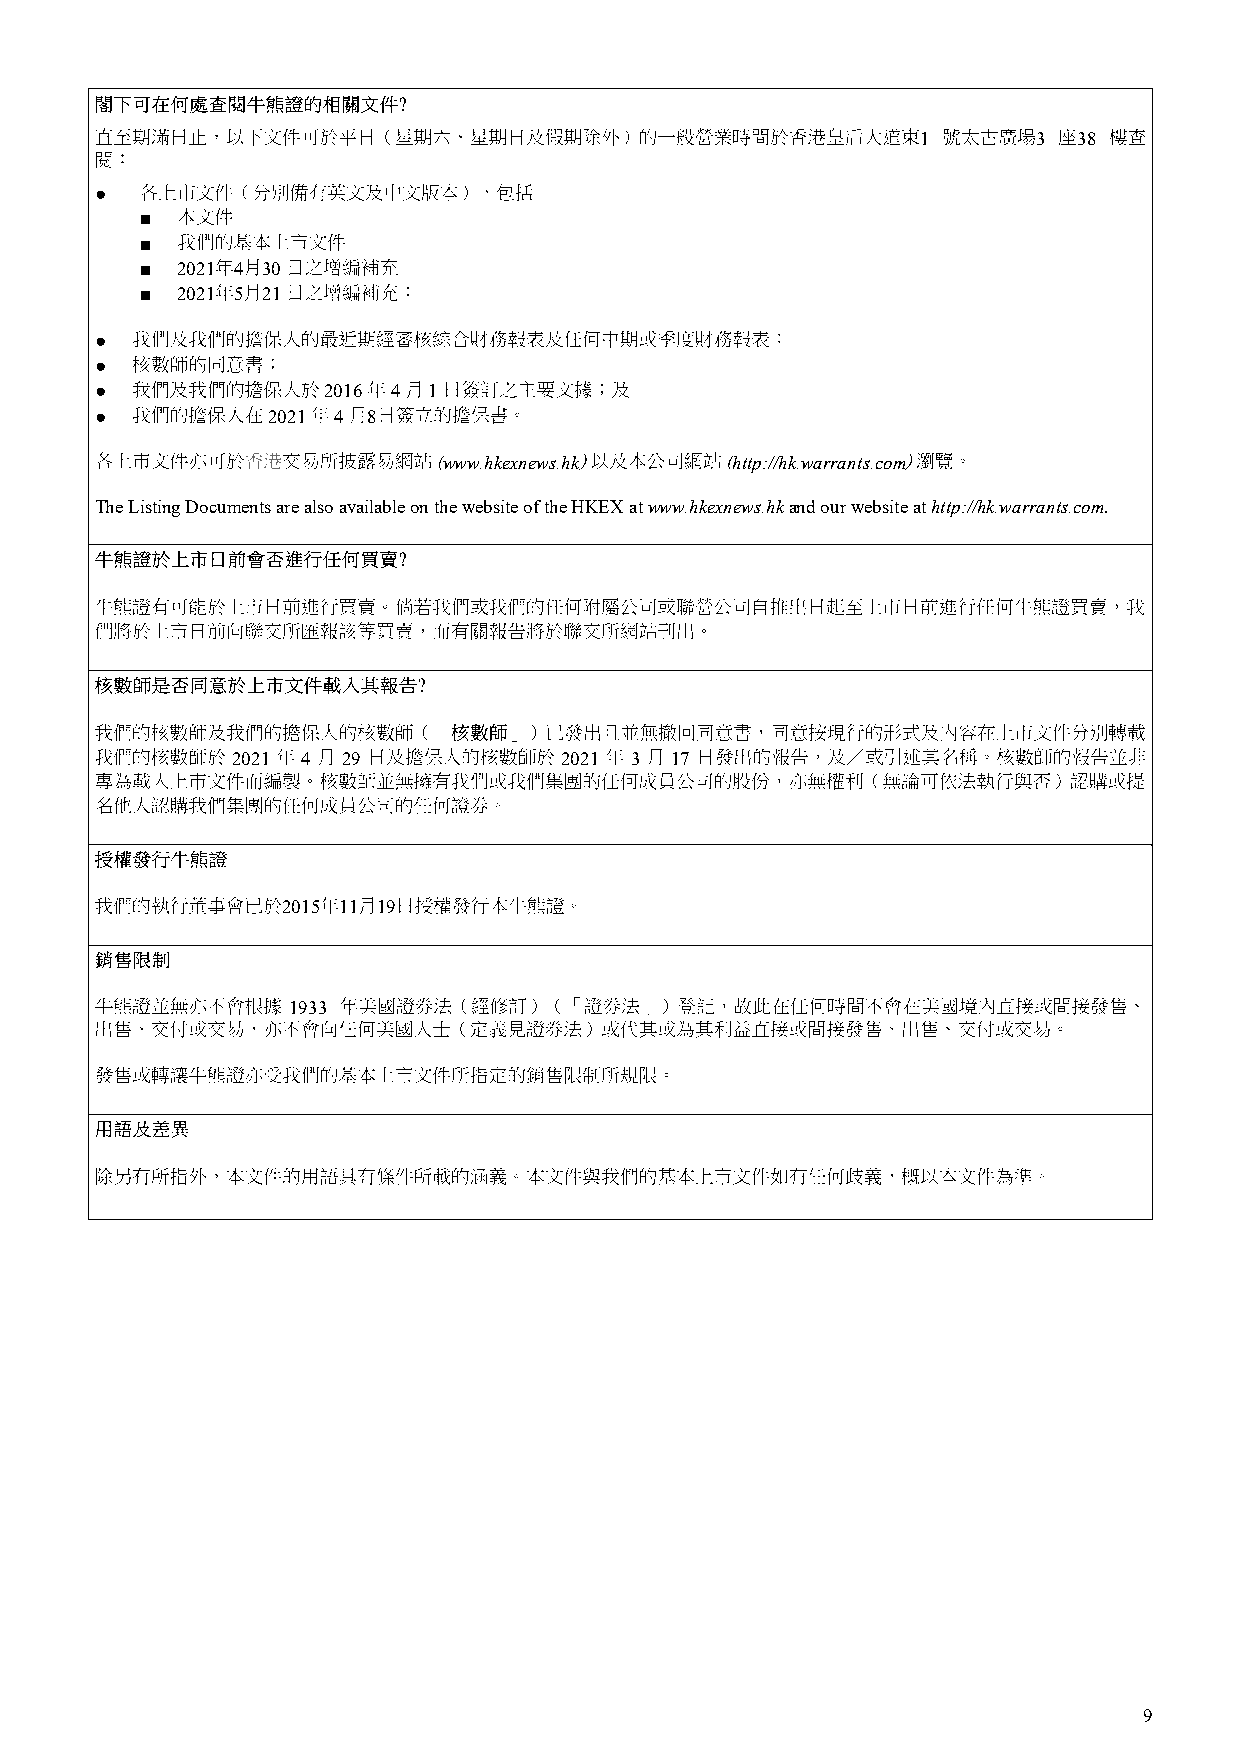
1       3 38
 ●
 ■
 ■
 ■  2021 4 30
 ■  2021 5 21
 ●
 ●
 ●              2016 4 1
 ●           2021 4 8
 www.hkexnews.hk    http://hk.warrants.com
 The Listing Documents are also available on the website of the HKEX at www.hkexnews.hk and our website at http://hk.warrants.com.
 2021 4  29            2021 3 17
 2015 11 19
 1933
 9